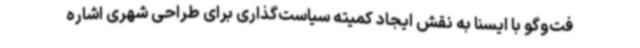
فت‌وگو با ایسنا به نقش ایجاد کمیته سیاست‌گذاری برای طراحی شهری اشاره